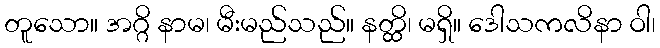
တူသော။ အဂ္ဂိ နာမ၊ မီးမည်သည်။ နတ္ထိ၊ မရှိ။ ဒေါသကလိနာ ဝါ၊